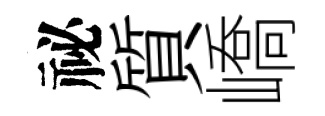
祕質嶠